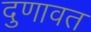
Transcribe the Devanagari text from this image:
दुणावत